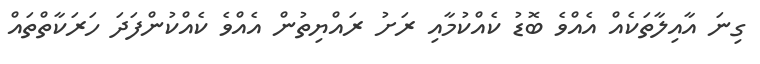
ގިނަ އާއިލާތަކެއް އެއްވެ ބޮޑު ކެއްކުމާއި ރަށު ރައްޔިތުން އެއްވެ ކެއްކުންފަދަ ހަރަކާތްތައް